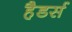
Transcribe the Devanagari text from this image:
हैडर्स